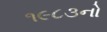
૧૯૮૩નો